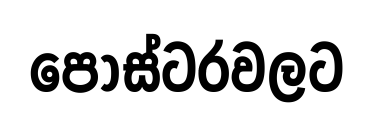
පෝස්ටරවලට